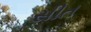
સીત